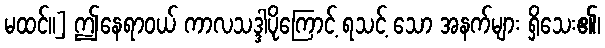
မထင်။] ဤနေရာဝယ် ကာလသဒ္ဒါပိုကြောင့် ရသင့် သော အနက်များ ရှိသေး၏၊